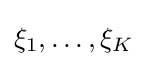
\xi _{1},\dots ,\xi _{K}